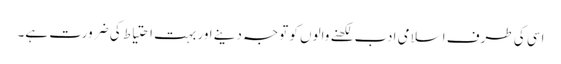
اسی کی طرف اسلامی ادب لکھنے والوں کو توجہ دینے اور بہت احتیاط کی ضرورت ہے۔